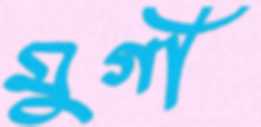
মুর্গী